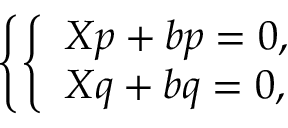
\left\{ \left\{ \begin{array} { l l } { { X p + b p = 0 , } } \\ { { X q + b q = 0 , } } \end{array} \right. \right.